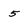
Character: 5